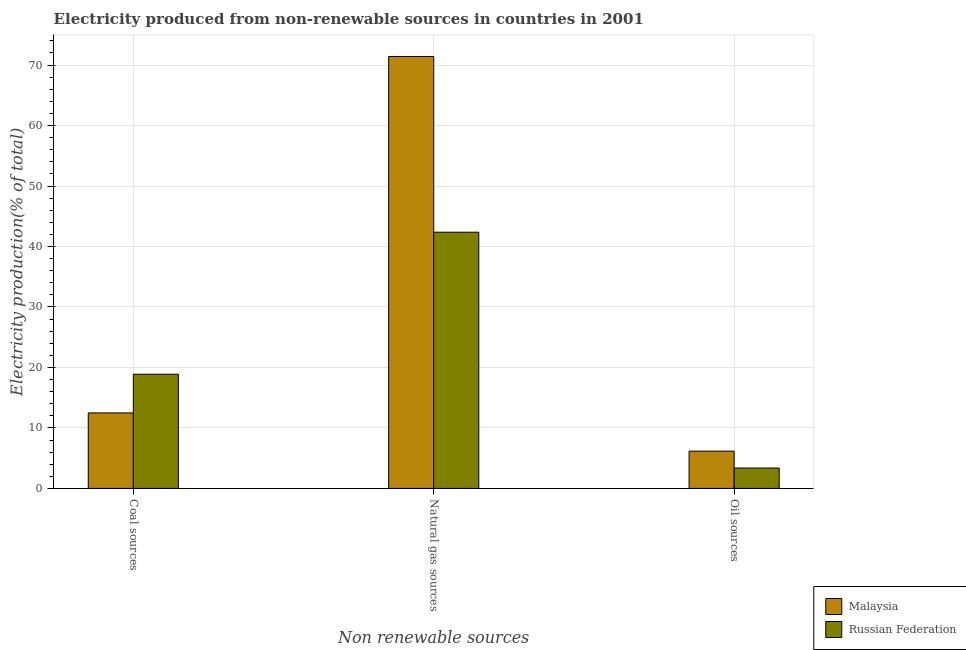
| Non renewable sources | Malaysia | Russian Federation |
 | --- | --- | --- |
 | Coal sources | 12.5 | 18.9 |
 | Natural gas sources | 71.4 | 42.4 |
 | Oil sources | 6.16 | 3.37 |